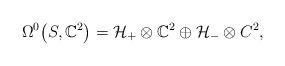
LaTeX: \begin{gather*}\Omega^0\big(S,\mathbb C^2\big)= \mathcal H_+\otimes \mathbb C^2\oplus \mathcal H_-\otimes C^2,\end{gather*}